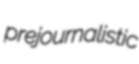
prejournalistic